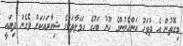
މިގޮތުން އެ ދުވަހު އަންހެނުންގެ ހޫނު ބަހުގެ ހަމަލާތަކުގެ ޝިކާރައަކަށް ވެގެން ދިޔައީ